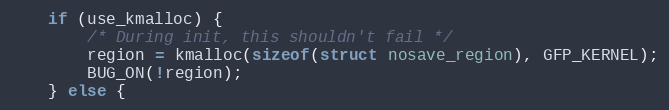
Language: C
	if (use_kmalloc) {
		/* During init, this shouldn't fail */
		region = kmalloc(sizeof(struct nosave_region), GFP_KERNEL);
		BUG_ON(!region);
	} else {